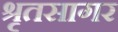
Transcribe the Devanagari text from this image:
श्रृतसागर